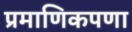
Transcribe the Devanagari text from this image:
प्रमाणिकपणा